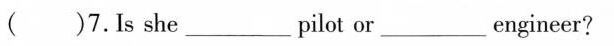
( )7.Is she_pilot or_engineer?